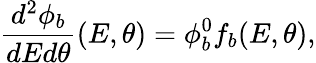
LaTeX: \frac{d^{2}\phi_{b}}{dEd\theta}(E,\theta)=\phi_{b}^{0}f_{b}(E,\theta),